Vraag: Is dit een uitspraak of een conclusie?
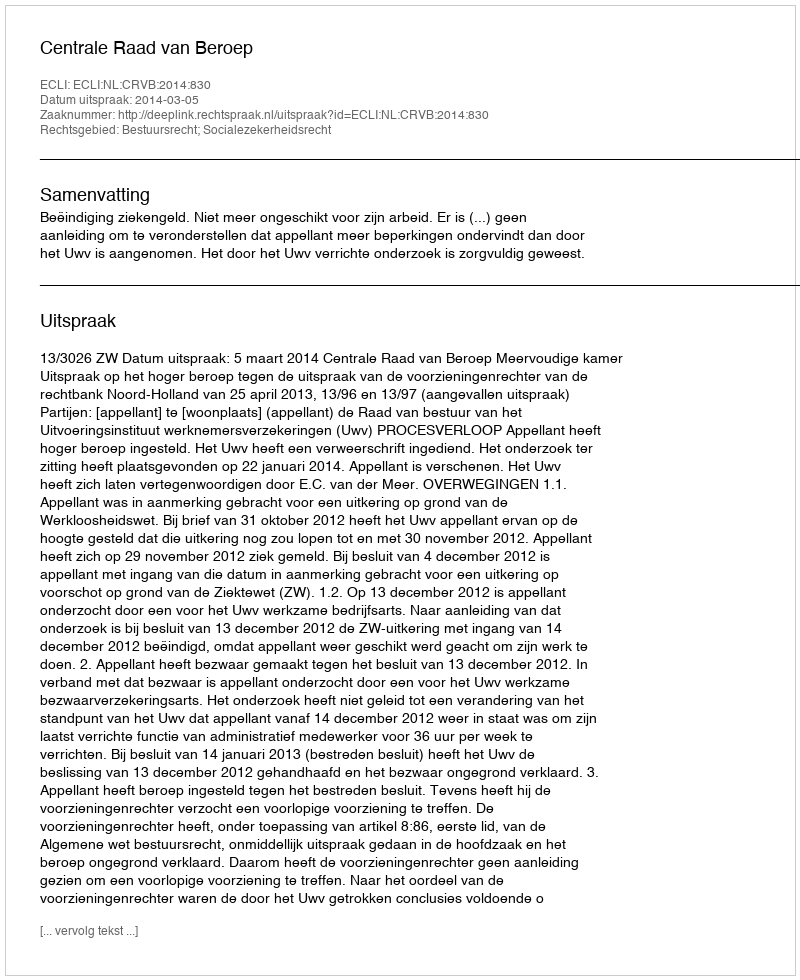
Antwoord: Uitspraak